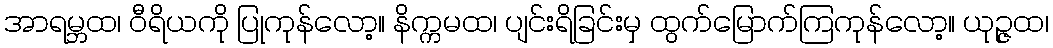
အာရမ္ဘထ၊ ဝီရိယကို ပြုကုန်လော့။ နိက္ကမထ၊ ပျင်းရိခြင်းမှ ထွက်မြောက်ကြကုန်လော့။ ယုဉ္ဇထ၊